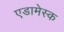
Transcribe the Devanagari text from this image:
एडामेस्क